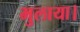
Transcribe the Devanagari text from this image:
भुलाया।